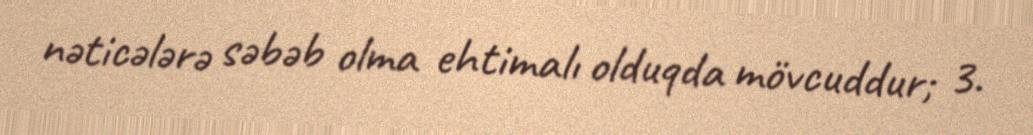
nəticələrə səbəb olma ehtimalı olduqda mövcuddur; 3.